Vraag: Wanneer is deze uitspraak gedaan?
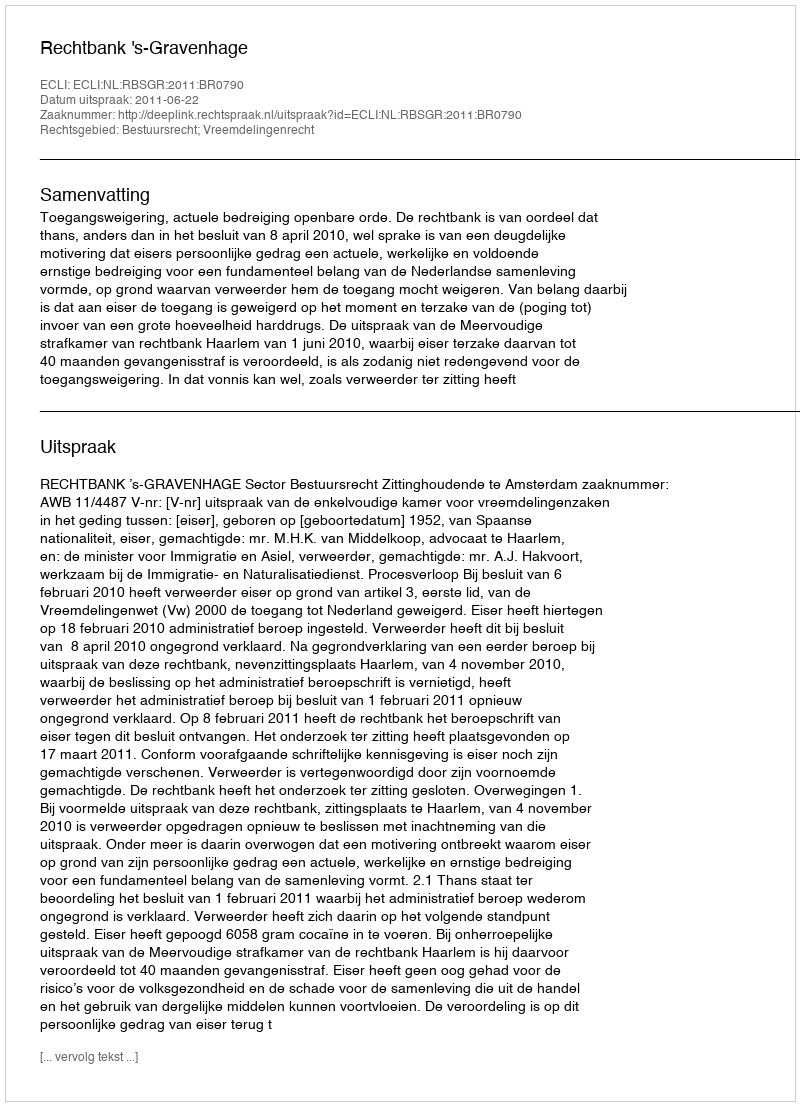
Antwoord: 2011-06-22